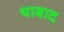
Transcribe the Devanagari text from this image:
थाबाद